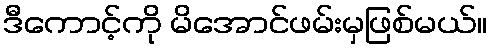
ဒီကောင့်ကို မိအောင်ဖမ်းမှဖြစ်မယ်။